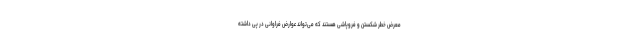
معرض خطر شکستن و فروپاشی هستند که می‌تواند عوارض فراوانی در پی داشته